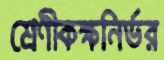
শ্রেণীকক্ষনির্ভর